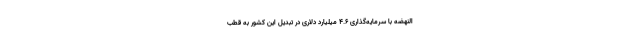
النهضه با سرمایه‌گذاری ۴.۶ میلیارد دلاری در تبدیل این کشور به قطب